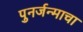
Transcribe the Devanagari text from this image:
पुनर्जन्माचा